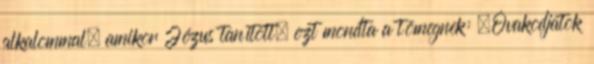
alkalommal, amikor Jézus tanított, ezt mondta a tömegnek: „Óvakodjatok